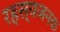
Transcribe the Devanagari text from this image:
रहस्यजनक